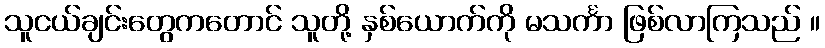
သူငယ်ချင်းတွေကတောင် သူတို့ နှစ်ယောက်ကို မသင်္ကာ ဖြစ်လာကြသည် ။